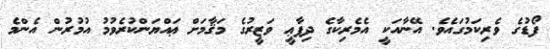
ފޯޑުގެ ވެރިކަމުގައެވެ. އޭނާއަކީ އެމެރިކާގެ ދިފާޢީ ވަޒީރުގެ މަޤާމަށް ޢައްޔަންކުރެވުމު އުމުރުން އެންމެ